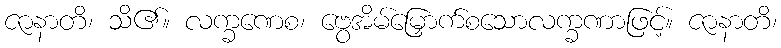
ဇာနာတိ၊ သိ၏။ လက္ခဏေစ၊ ဗွေအိမ်မြှောက်စသောလက္ခဏာဖြင့်။ ဇာနာတိ၊